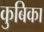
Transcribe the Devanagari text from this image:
कुबिका